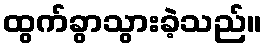
ထွက်ခွာသွားခဲ့သည်။